Scientific memoirs by medical officers of the Army of India - Part III,
Year: 1887
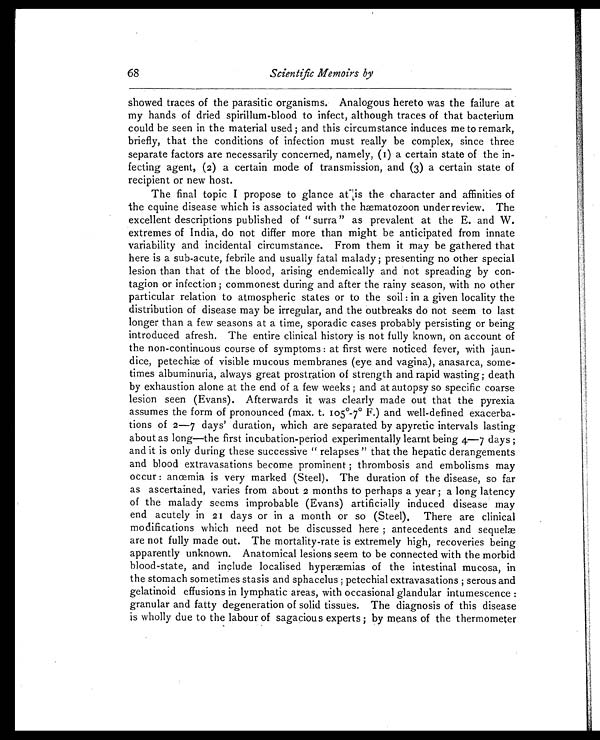
68
Scientific Memoirs by
showed traces of the parasitic organisms. Analogous hereto was the failure at
my hands of dried spirillum-blood to infect, although traces of that bacterium
could be seen in the material used; and this circumstance induces me to remark,
briefly, that the conditions of infection must really be complex, since three
separate factors are necessarily concerned, namely, (1) a certain state of the in
-fecting agent, (2) a certain mode of transmission, and (3) a certain state of
recipient or new host.
The final topic I propose to glance at is the character and affinities of
the equine disease which is associated with the hæmatozoon under review. The
excellent descriptions published of "surra" as prevalent at the E. and W.
extremes of India, do not differ more than might be anticipated from innate
variability and incidental circumstance. From them it may be gathered that
here is a sub-acute, febrile and usually fatal malady; presenting no other special
lesion than that of the blood, arising endemically and not spreading by con
-tagion or infection; commonest during and after the rainy season, with no other
particular relation to atmospheric states or to the soil: in a given locality the
distribution of disease may be irregular, and the outbreaks do not seem to last
longer than a few seasons at a time, sporadic cases probably persisting or being
introduced afresh. The entire clinical history is not fully known, on account of
the non-continuous course of symptoms: at first were noticed fever, with jaun
-dice, petechiæ of visible mucous membranes (eye and vagina), anasarca, some
-times albuminuria, always great prostration of strength and rapid wasting; death
by exhaustion alone at the end of a few weeks; and at autopsy so specific coarse
lesion seen (Evans). Afterwards it was clearly made out that the pyrexia
assumes the form of pronounced (max. t. 105°-7° F.) and well-defined exacerba
-tions of 2—7 days' duration, which are separated by apyretic intervals lasting
about as long—the first incubation-period experimentally learnt being 4—7 days;
and it is only during these successive "relapses" that the hepatic derangements
and blood extravasations become prominent; thrombosis and embolisms may
occur: anœmia is very marked (Steel). The duration of the disease, so far
as ascertained, varies from about 2 months to perhaps a year; a long latency
of the malady seems improbable (Evans) artificially induced disease may
end acutely in 21 days or in a month or so (Steel). There are clinical
modifications which need not be discussed here; antecedents and sequelæ
are not fully made out. The mortality-rate is extremely high, recoveries being
apparently unknown. Anatomical lesions seem to be connected with the morbid
blood-state, and include localised hyperæmias of the intestinal mucosa, in
the stomach sometimes stasis and sphacelus; petechial extravasations; serous and
gelatinoid effusions in lymphatic areas, with occasional glandular intumescence:
granular and fatty degeneration of solid tissues. The diagnosis of this disease
is wholly due to the labour of sagacious experts; by means of the thermometer